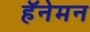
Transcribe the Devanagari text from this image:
हॅनेमन